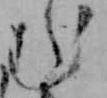
む